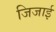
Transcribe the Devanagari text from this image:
जिजाई